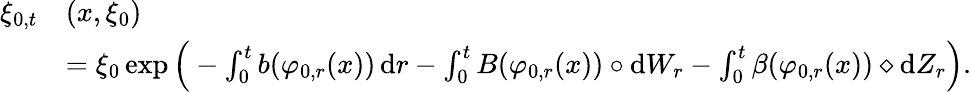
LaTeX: \begin{array}{rl}{\xi_{0,t}}&{(x,\xi_{0})}\\ &{=\xi_{0}\exp\Big(-\int_{0}^{t}b(\varphi_{0,r}(x))\, \mathrm{d}r-\int_{0}^{t}B(\varphi_{0,r}(x))\circ\mathrm{d}W_{r}-\int_{0}^{t}\beta(\varphi_{0,r}(x))\diamond\mathrm{d}Z_{r}\Big).}\end{array}